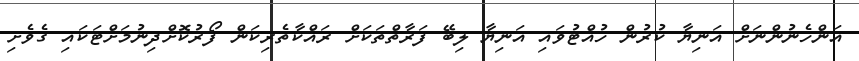
އަންހެނުންނަށް އަނިޔާ ކުރުން ހުއްޓުވައި އަނިޔާ ލިބޭ ފަރާތްތަކަށް ރައްކާތެރިކަން ފޯރުކޮށްދިނުމަށްޓަކައި ގެވެށި